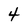
Character: 4